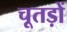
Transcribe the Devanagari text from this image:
चूतड़ों